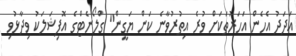
އަދަދު އެހެން އަހަރުތަކަށް ވުރެ އިތުރުވާނެ ކަން ޔަގީން" ގްލޯނެޓްގެ އޮފިޝަލަކު ވިދާޅުވި